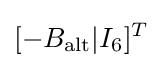
[-B_{\mathrm {alt} }|I_{6}]^{T}